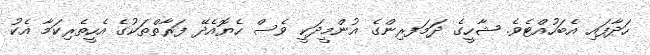
ހަދާފައި އެބަހުއްޓެވެ. ޝާހީގެ ދަމަފރިންގެ އުންމީދަކީ ވެސް ހެޔޮއެދޭ ފަރާތްތަކުގެ އެހީތެރިކަމާ އެކު